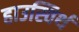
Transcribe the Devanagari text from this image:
हाउस्विर्थ